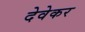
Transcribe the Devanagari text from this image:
देवेकर